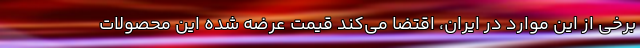
برخی از این موارد در ایران، اقتضا می‌کند قیمت عرضه شده این محصولات